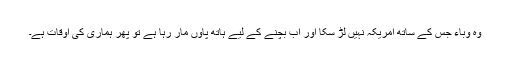
وہ وباء جس کے ساتھ امریکہ نہیں لڑ سکا اور اب بچنے کے لیے ہاتھ پاؤں مار رہا ہے تو پھر ہماری کی اوقات ہے۔